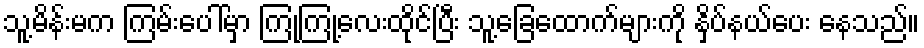
သူ့မိန်းမက ကြမ်းပေါ်မှာ ကြုံ့ကြုံ့လေးထိုင်ပြီး သူ့ခြေထောက်များကို နှိပ်နယ်ပေး နေသည်။